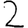
Digit: 2